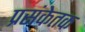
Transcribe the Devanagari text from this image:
प्रसंकेतक